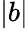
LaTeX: |b|